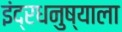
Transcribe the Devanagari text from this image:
इंद्रधनुष्याला